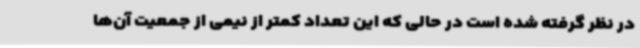
در نظر گرفته شده است در حالی که این تعداد کمتر از نیمی از جمعیت آن‌ها